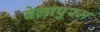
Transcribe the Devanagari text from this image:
वेलापुरम